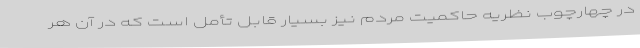
در چهارچوب نظریه حاکمیت مردم نیز بسیار قابل تأمّل است که در آن هر